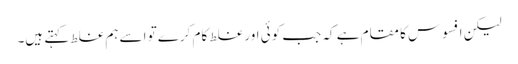
لیکن افسوس کا مقام ہے کہ جب کوئی اور غلط کام کرے تو اسے ہم غلط کہتے ہیں۔